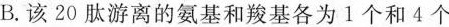
B.该20肽游离的氨基和羧基各为1个和4个